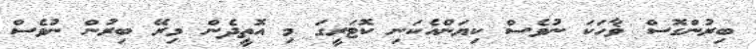
ބިރުންގޮސް ޥާހަކަ ނުވެސް ކިޔަންއެކަނި ކޮޓަރީގަ މި އޮތީދެން މިރޭ ބިރުން ނުވެސް